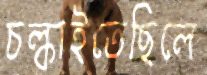
চল্‌কাইতেছিলে